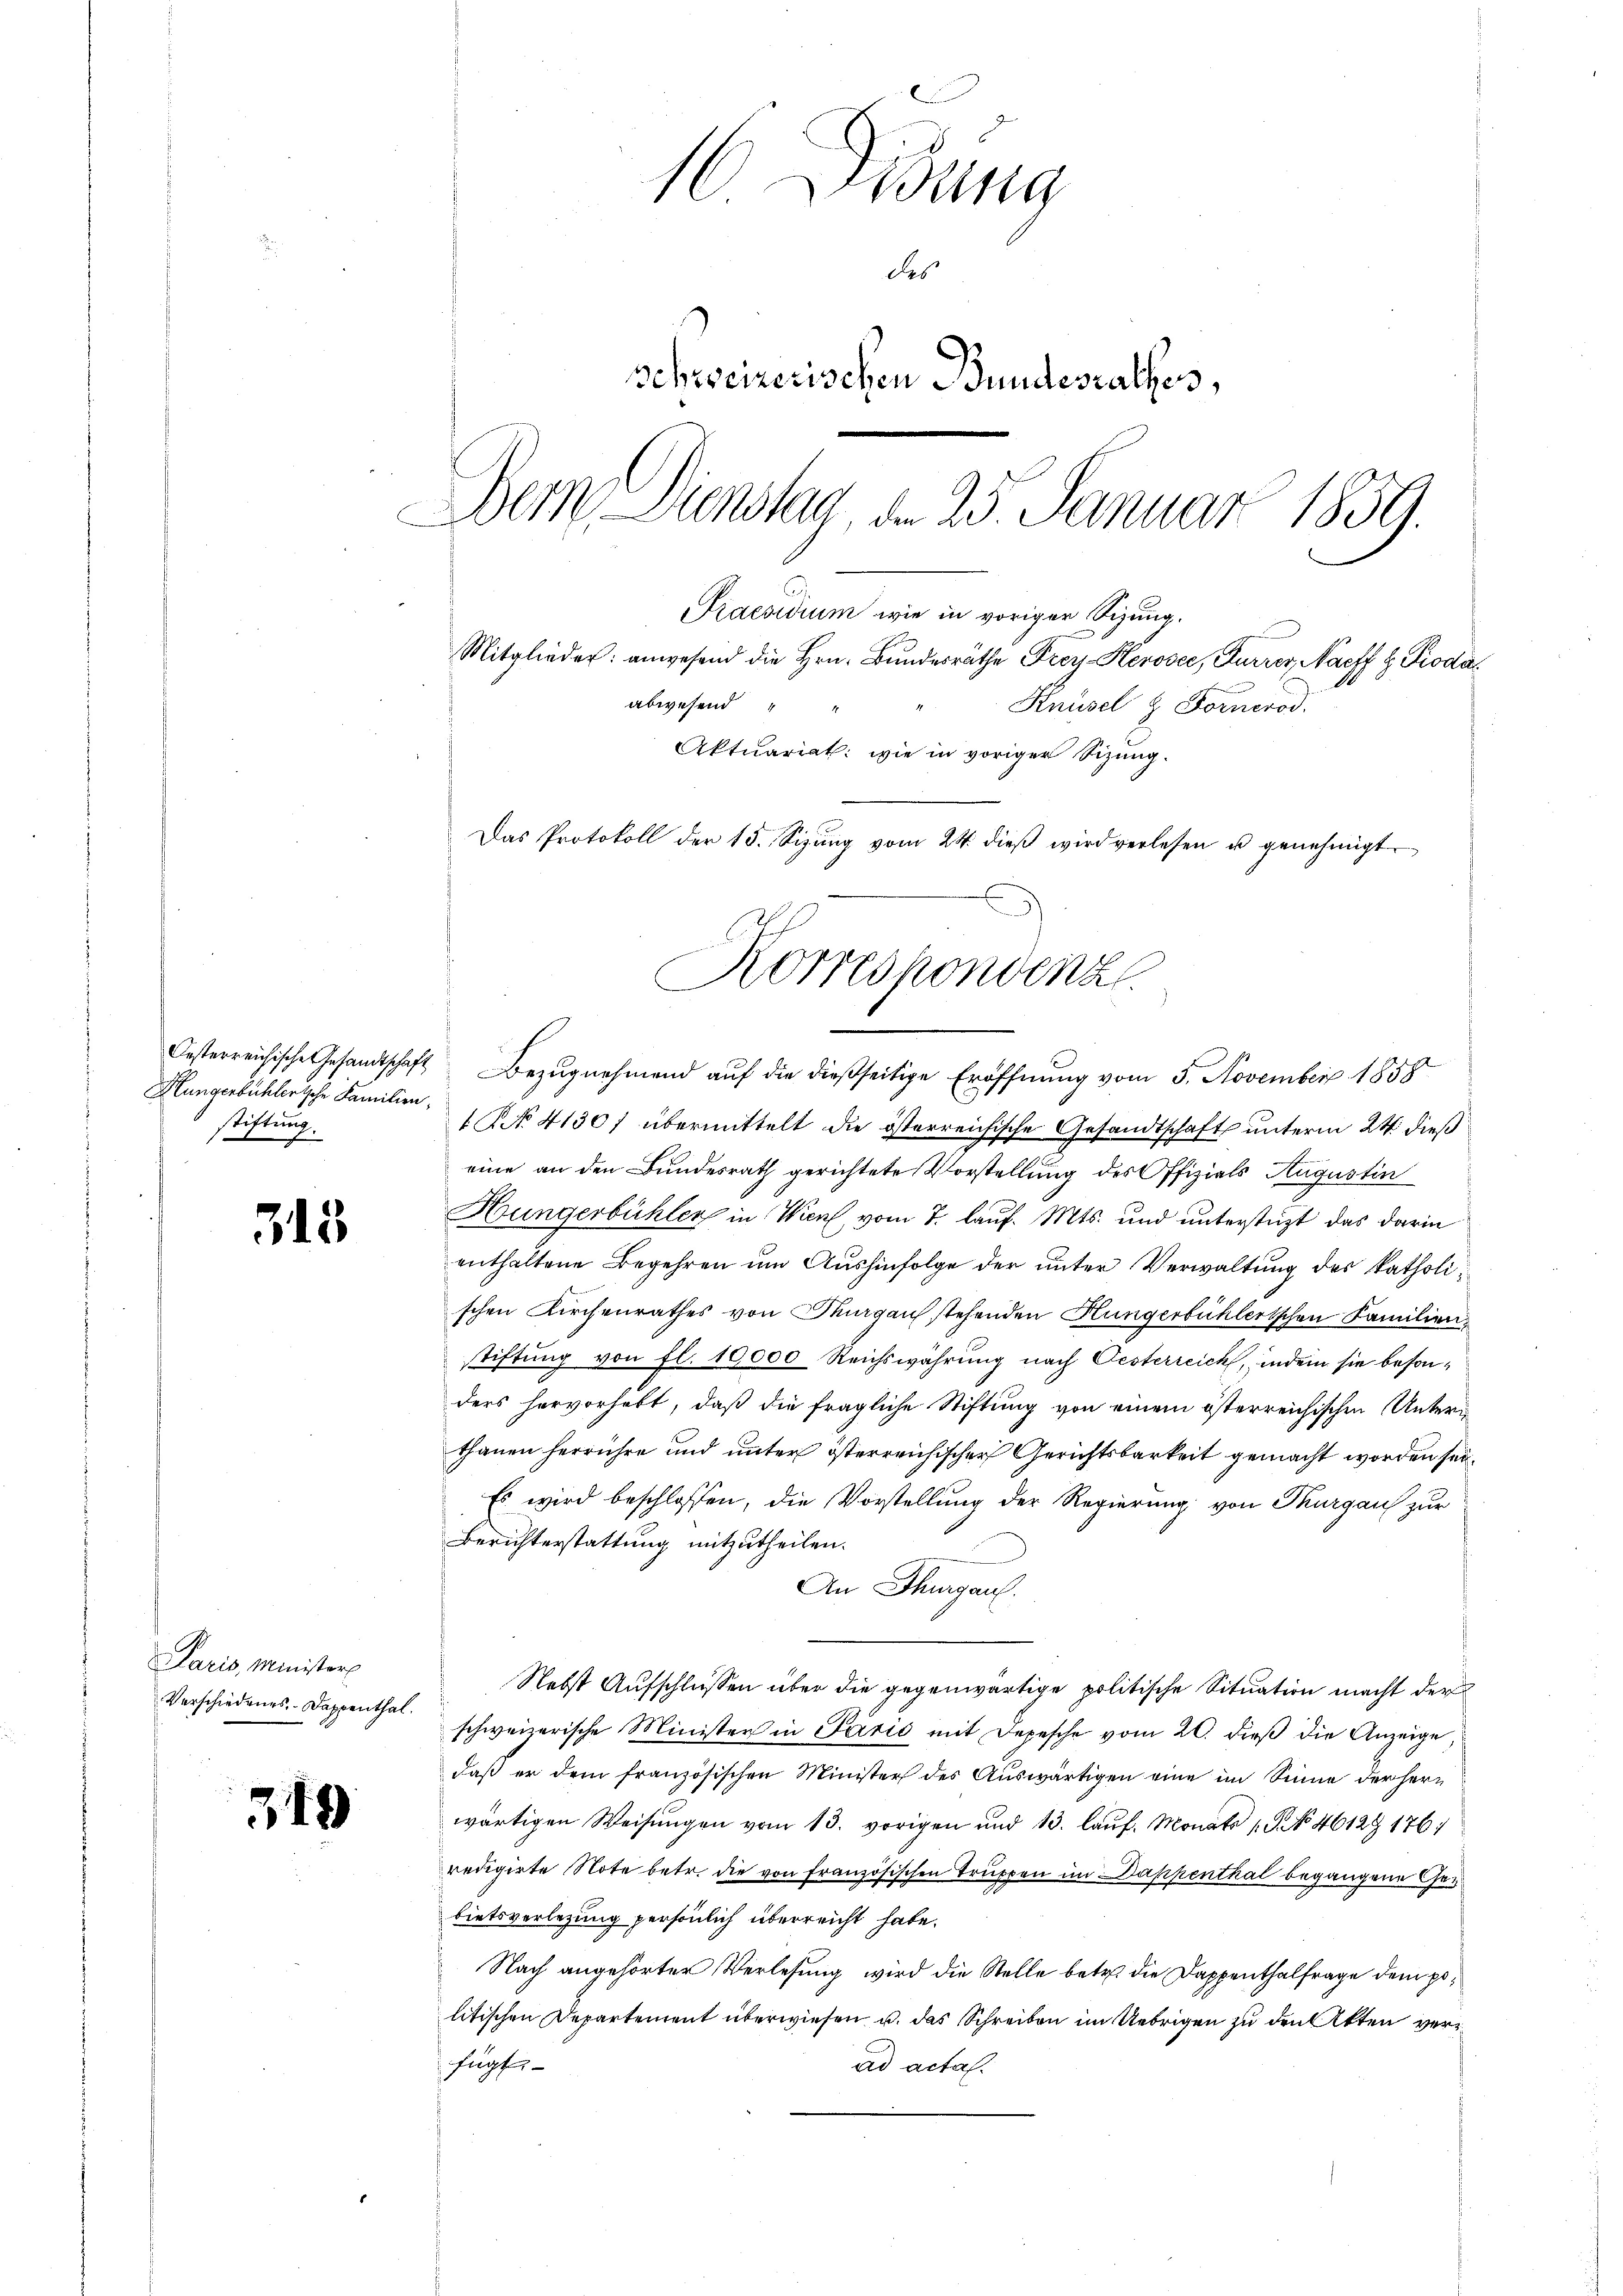
Oesterreichische Gesandtschaft
Hungerbüchlerische Familien,
stiftung.

313

Paris, Minister
Verschiedenes Dappenthal.

319

16 Didung
des
Schweizerischen Bundesrathes,
Dein Dienstag, den 25. Januar 1859.
Praesidium wie in voriger Sizung.
Mitglieder: anwesend die Hrn. Bundesräthe Frey-Herosee, Furrer, Naeff z. Prodaabwesend " "
Knüsel & Fornerod.
Aktuariat: wie in voriger Sizung.
Das Protokoll der 15. Sizŭng vom 24. dieβ wird verlesen u genehmigt.

Korrespondenz

Bezugnehmend auf die dießseitige Eröffnung vom 5. November 1858
1 No 4130/ übermittelt die österreichische Gesandtschaft unterm 24. dieß
eine an den Bundesrath gerichtete Vorstellung des Offizials Augustin
Hungerbühler in Wien, vom 7. lauf. Mts. und unterstüzt das darin
enthaltene Begehren um Aushinfolge der unter Verwaltung des katholischen Kirchenrathes von Thurgau stehenden Hungerbühlertschen Familien
stiftung von fl. 10,000 Reichswährung nach Oesterreich, indem sie besonders hervorhabt, daß die fragliche Stiftung von einem österreichischen Unteri
thanen herrühre und unter österreichischer Gerichtsbarkeit gemacht worden sei¬
Es wird beschlossen, die Vorstellung der Regierung von Thurgau zur
Berichterstattung mitzutheilen.
An Thurgau.
Nebst Aufschlüssen über die gegenwärtige politische Situation macht der
schweizerische Minister in Parić mit Depesche vom 20. dieβ die Anzeige
daß er dem französischen Minister des Aŭswärtigen eine im Sinne der Herr
wärtigen Weisŭngen vom 13. vorigen und 13. laŭf. Monats 1 S. No 4612. 1761
redigirte Note betr. die von Französischen Truppen im Dappenthal begangene Char
bietsverlegung persönlich überreicht habe.
Nach angehörter Verlesung wird die Stelle betr. die Dappenthalfrage dem politischen Departement überwiesen u. das Schreiben im Uebrigen zu den Akten verfügt
ad acta.